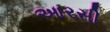
આરસી